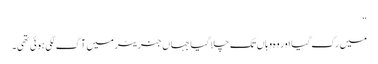
“
میں رک گیا اور وہ وہاں تک چلا گیا جہاں جنریٹر میں آگ لگی ہوئی تھی۔